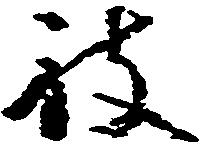
被